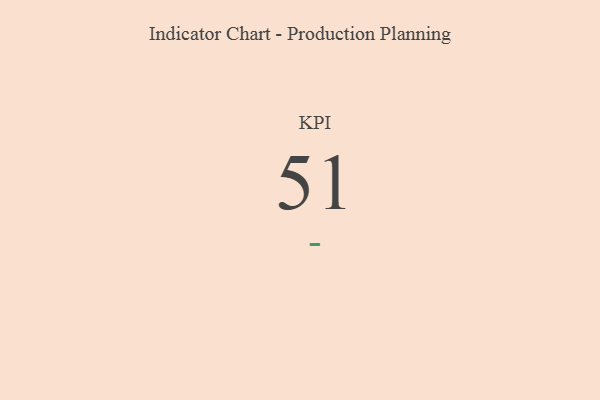
{"axis": {"x": "KPI", "y": "Value"}, "legend": [""], "data": [{"x": "KPI", "y": 51, "type": ""}]}